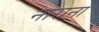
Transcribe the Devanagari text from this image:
नाराना